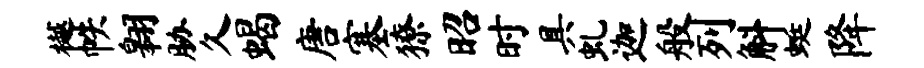
樾帙翱胁久蝎唐塞獠昭时具虬迦般列斛蜓降